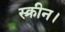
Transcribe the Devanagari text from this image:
स्क्रीन।